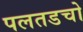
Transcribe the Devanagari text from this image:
पलतडचो